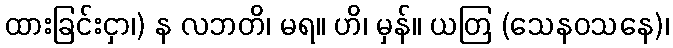
ထားခြင်းငှာ၊) န လဘတိ၊ မရ။ ဟိ၊ မှန်။ ယတြ (သေနဝသနေ)၊